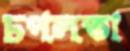
চপলতা